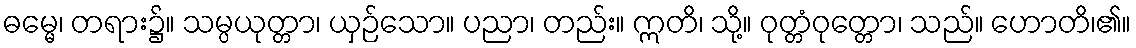
ဓမ္မေ၊ တရား၌။ သမ္ပယုတ္တာ၊ ယှဉ်သော။ ပညာ၊ တည်း။ ဣတိ၊ သို့။ ဝုတ္တံဝုတ္တော၊ သည်။ ဟောတိ၊၏။